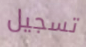
تسجيل